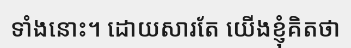
ទាំងនោះ។ ដោយសារតែ យើងខ្ញុំគិតថា